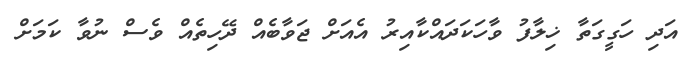
އަދި ހަގީގަތާ ޚިލާފު ވާހަކަދައްކާއިރު އެއަށް ޖަވާބެއް ދޭހިތެއް ވެސް ނުވާ ކަމަށް